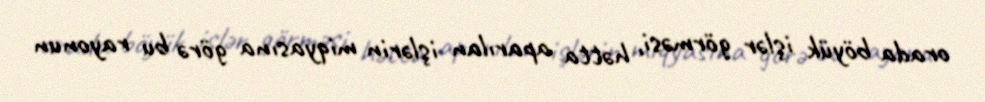
orada böyük işlər görməsi, hətta aparılan işlərin miqyasına görə bu rayonun